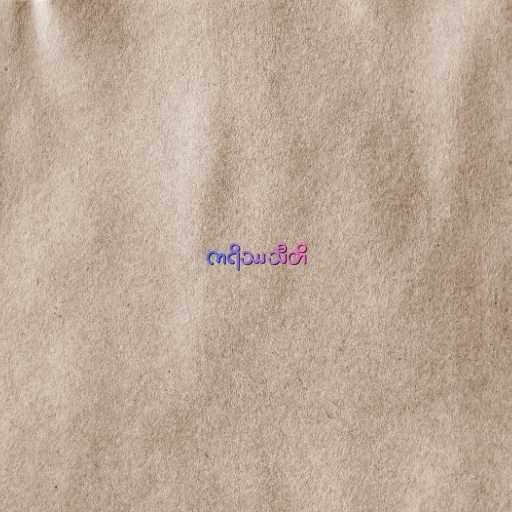
ကရိဿသီတိ